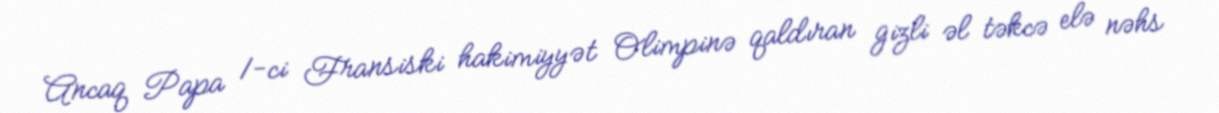
Ancaq Papa 1-ci Fransiski hakimiyyət Olimpinə qaldıran gizli əl təkcə elə nəhs